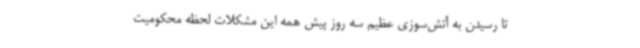
تا رسیدن به آتش‌سوزی عظیم سه روز پیش همه این مشکلات لحظه‌ محکومیت